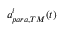
a _ { p a r a , T M } ^ { i } ( t )